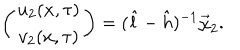
LaTeX: \left( \begin{array} { c } { { u _ { 2 } ( x , \tau ) } } \\ { { v _ { 2 } ( x , \tau ) } } \\ \end{array} \right) = ( \hat { l } - \hat { h } ) ^ { - 1 } \vec { \chi } _ { 2 } .